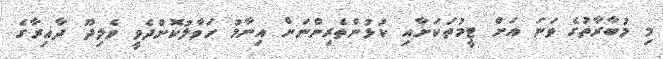
މި މުބާރާތުގެ ވަނަ އަށް ޓީމުތަކަށާއި ކުޅުންތެރިންނަށް އިނާމު ހަވާލުކޮށްދެވީ ވެލިދޫ ދާއިރާގެ